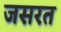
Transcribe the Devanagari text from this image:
जसरत